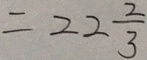
= 2 2 \frac { 2 } { 3 }